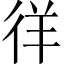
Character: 徉